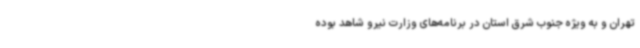
تهران و به ویژه جنوب شرق استان در برنامه‌های وزارت نیرو شاهد بوده